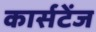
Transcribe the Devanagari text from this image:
कार्सटेंज